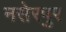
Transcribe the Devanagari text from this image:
नसेरपुर